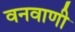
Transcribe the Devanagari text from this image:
वनवाणी